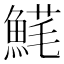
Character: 𩸚